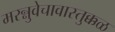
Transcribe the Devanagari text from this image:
मरन्नुवेचावास्तुक्कळ